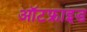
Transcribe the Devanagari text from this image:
ऑटफ्राइड